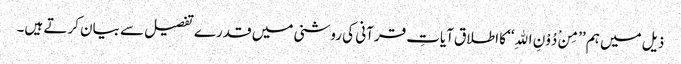
ذیل میں ہم ’’مِنْ دُوْنِ اللهِ‘‘ کا اطلاق آیاتِ قرآنی کی روشنی میں قدرے تفصیل سے بیان کرتے ہیں۔